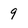
Character: 9